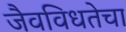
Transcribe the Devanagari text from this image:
जैवविधतेचा